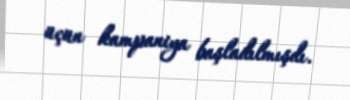
üçün kampaniya başladılmışdı.